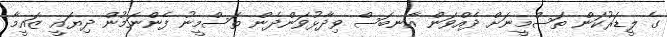
ގެ ލީޑަރުކަން ތަސްމީނަށް ދެއްވަން އާނބަސް ވިދާޅުވަންދެން ތަސްމީނު ފެންނަމުން ދިޔައީ ޒައީމާ